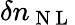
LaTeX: \delta n_{\mathrm{~N~L~}}